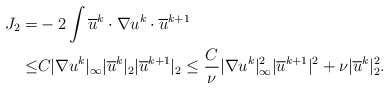
\begin{align*}J_2=& -2\int \overline{u}^{k} \cdot \nabla u^{k}\cdot \overline{u}^{k+1}\\\leq & C|\nabla u^k|_\infty | \overline{u}^{k}|_2 | \overline{u}^{k+1}|_2\leq \frac{C}{\nu} |\nabla u^k|^2_\infty | \overline{u}^{k+1}|^2+\nu | \overline{u}^{k}|^2_2.\end{align*}